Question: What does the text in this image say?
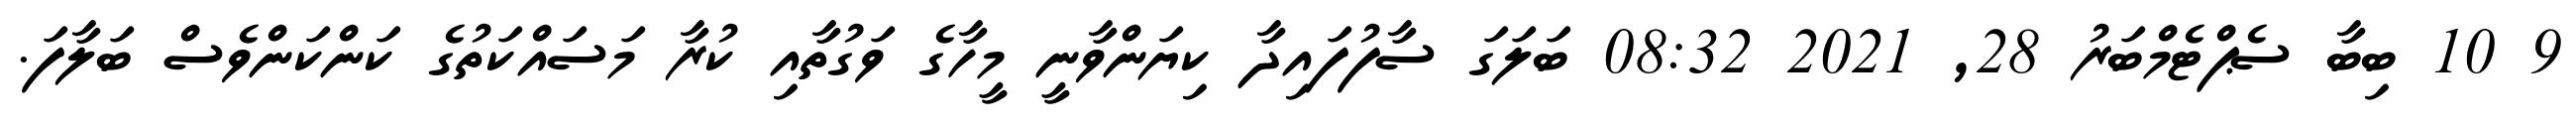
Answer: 9 10 ބިބާ ސެޕްޓެމްބަރު 28, 2021 08:32 ބަލަގަ ސާފުފައިދާ ކިޔަންވާނީ މީހާގެ ވަގުތާއި ކުރާ މަސައްކަތުގެ ކަންކަންވެސް ބަލާފަ.